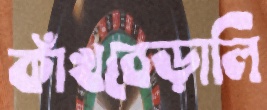
কাঁখবেড়ালি